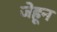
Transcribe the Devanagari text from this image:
जेहून